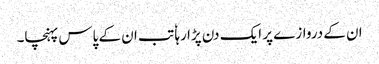
ان کے دروازے پر ایک دن پڑا رہا ٗ تب ان کے پاس پہنچا۔